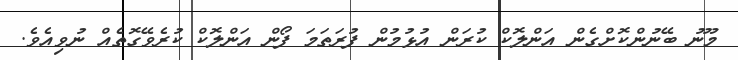
މޫނު ބޭނުންކޮށްގެން އަންލޮކް ކުރަން އުޅުމުން ފުރަތަމަ ފޯން އަންލޮކް ކުރެވޭގޮތެއް ނުވިއެވެ.